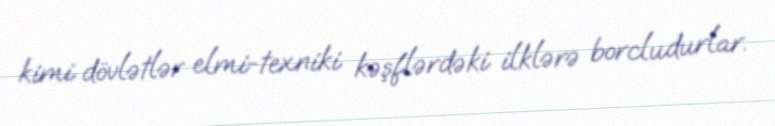
kimi dövlətlər elmi-texniki kəşflərdəki ilklərə borcludurlar.